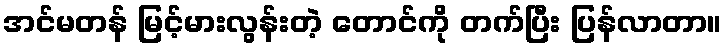
အင်မတန် မြင့်မားလွန်းတဲ့ တောင်ကို တက်ပြီး ပြန်လာတာ။